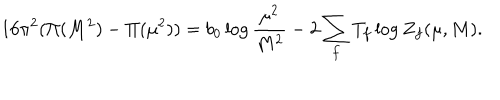
LaTeX: 1 6 \pi ^ { 2 } ( \Pi ( M ^ { 2 } ) - \Pi ( \mu ^ { 2 } ) ) = b _ { 0 } \log \frac { \mu ^ { 2 } } { M ^ { 2 } } - 2 \sum _ { f } T _ { f } \log Z _ { f } ( \mu , M ) .